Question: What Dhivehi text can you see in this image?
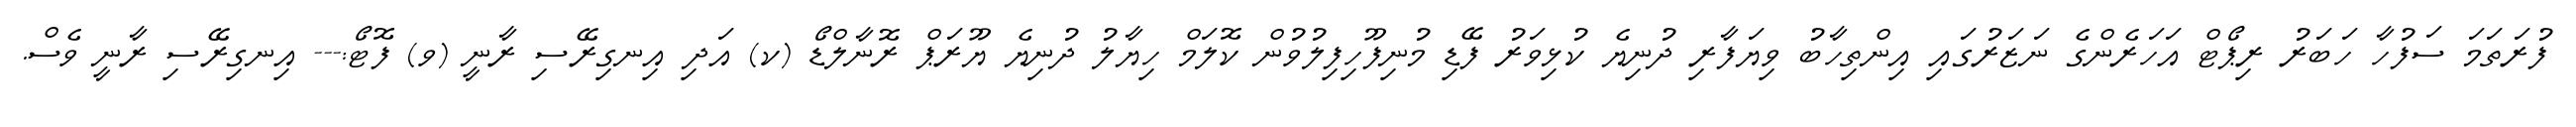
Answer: ފުރަތަމަ ސަފުހާ ހަބަރު ރިޕޯޓް އަހަރެންގެ ނަޒަރުގައި އިންތިހާބު ވިޔަފާރި ދުނިޔެ ކުޅިވަރު ފޭޑި މުނިފޫހިފިލުވުން ކޮލަމް ހިޔާލު ދުނިޔެ ޔޫރަޕް ރޮނާލްޑޯ (ކ) އަދި އިނގިރޭސި ރާނީ (ވ) ފޮޓޯ:--- އިނގިރޭސި ރާނީ ވެސް.